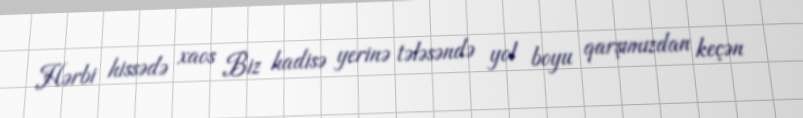
Hərbi hissədə xaos Biz hadisə yerinə tələsəndə yol boyu qarşımızdan keçən